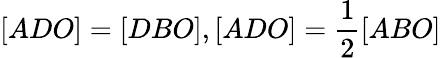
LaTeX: [ADO]=[DBO],[ADO]={\frac{1}{2}}[ABO]